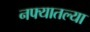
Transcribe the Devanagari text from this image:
नफ्यातल्या